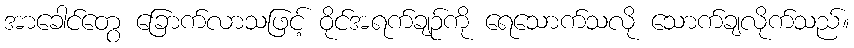
အာခေါင်တွေ ခြောက်လာသဖြင့် ဝိုင်အရက်ချဉ်ကို ရေသောက်သလို သောက်ချလိုက်သည်။